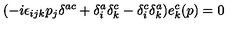
( - i \epsilon _ { i j k } p _ { j } \delta ^ { a c } + \delta _ { i } ^ { a } \delta _ { k } ^ { c } - \delta _ { i } ^ { c } \delta _ { k } ^ { a } ) e _ { k } ^ { c } ( p ) = 0